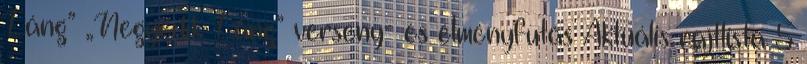
Láng” „Negyedik Láng” verseny- és élményfutás Aktuális rajtlista 5